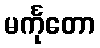
မင်္ကုတော